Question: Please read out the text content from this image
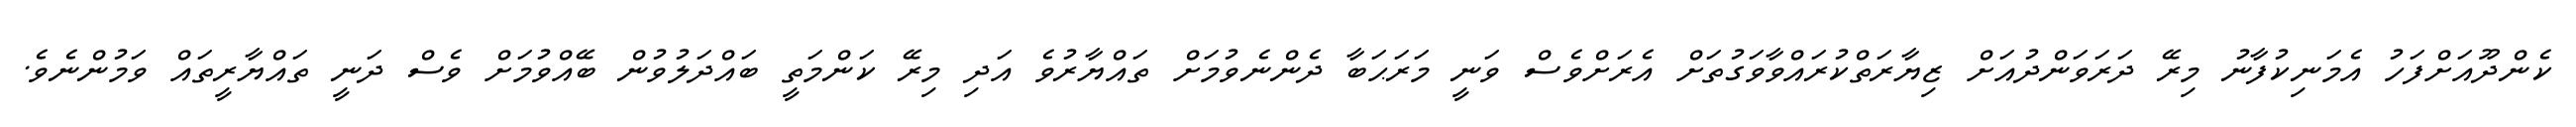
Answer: ކެންދޫއަށްފަހު އެމަނިކުފާނު މިރޭ ދަރަވަންދުއަށް ޒިޔާރަތްކުރައްވާވަގުތަށް އެރަށްވެސް ވަނީ މަރަޙަބާ ދެންނެވުމަށް ތައްޔާރުވެ އަދި މިރޭ ކަންމަތީ ބައްދަލުވުން ބޭއްވުމަށް ވެސް ދަނީ ތައްޔާރީތައް ވަމުންނެވެ.